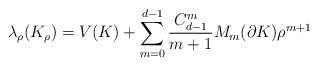
\begin{align*}\lambda_{\rho}(K_{\rho})=V(K)+\sum_{m=0}^{d-1}\frac{C^m_{d-1}}{m+1} M_m(\partial K) \rho^{m+1}\end{align*}